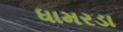
ધામરડા